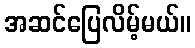
အဆင်ပြေလိမ့်မယ်။